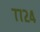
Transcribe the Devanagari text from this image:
७७२४